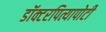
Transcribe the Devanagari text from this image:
डॉक्टरपित्यापोटी